Senior Leaving Certificate Examination (including Day School Certificate (Higher) General paper), 1949
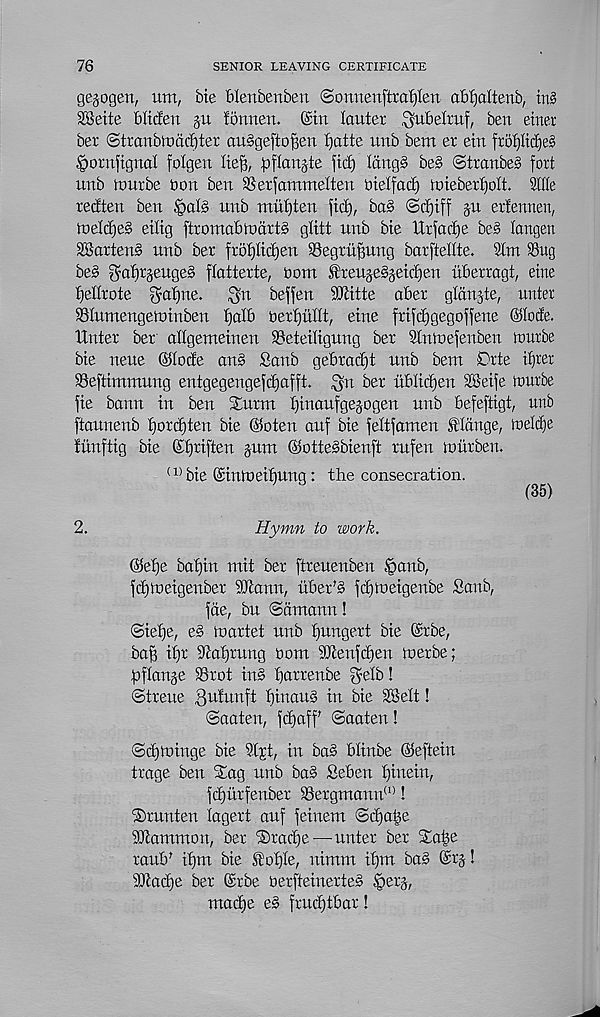
76
SENIOR LEAVING CERTIFICATE
gegogen, um, bie bienbenben ©onnenj'trotjlert abljaltenb, in§
3Keite blicfen §u fonneri. ©in lauter ^ubelruf, ben etner
ber Stranbiodditer ou§gefto^en Ijatte unb bem er ein froI)Itd)e§
|>ornftgnaI folgett lief], pflanjte fid) Idng§ be§ @tranbe§ fort
unb tmtrbe bon ben SSexfammetten bietfad) ioiebert)ott. Stile
redten ben §als unb mulften fid), bad ©rt)iff ju erfennen,
tneldjed eitig ftromatUodrtd glitt unb bie Urfadfe bed langen
SBartend unb ber frof)Iic^en 93egru^ung barftellte.
Sug
bed got) r seuged ftatterte, bom freugedgeictjen ubexragt, eine
fjedrote f^aijne.
f^n beffen SSKitte abet gldnjte, unter
SSIumengetoinben t)alb berijullt, eine frifd)gegoffene ©lode,
tiider ber altgemeinen 9?etei(igung ber Slntoefenben iourbe
bie neue ©lode and Sanb gebrad)t unb bem Drte ifjrer
SSeftimmung entgegengefdjafft. ^n ber ublidfen dBeife lourbe
fie bann in ben Xurm Ijinaufgegogen unb befeftigt, unb
ftaunenb fjordften bie ©oten auf bie feltfamen flange, toeldfe
fiinftig bie ©fjriften gum ©ottedbienft rufen lourben.
(1, bie ©intoeifiung: the consecration.
(35)
2.
Hymn to work.
©ef)e bat)in mit ber ftreuenben tpaub,
fdgiueigenber STcann, itber'd fdgtoeigenbe Sanb,
fete, bu (Sdmann!
©iefje, ed loartet unb tfungert bie ©rbe,
ba^ if)r 9iat)tung bom fOtenfdjen toerbe;
hftange SSrot ind barrenbe $etb!
©treue 3 u^n ft f)inaud in bie dSett!
©oaten, fdjaff ©oaten!
©djtoinge bie St^t, in bad btinbe ©eftein
txage ben Slag unb bad Seben fjinein,
fdjuxfenber S3ergmann (1) !
iSrunten lagert auf feinem ©d)a|e
SOtammon, bex ®xad)e—■ unter ber Xafee
ranh' it)m bie fotjte, nimm it)m bad ©rg!
iOiadje ber ©rbe bexfteinerted .fberg,
madje ed fxudftbar!